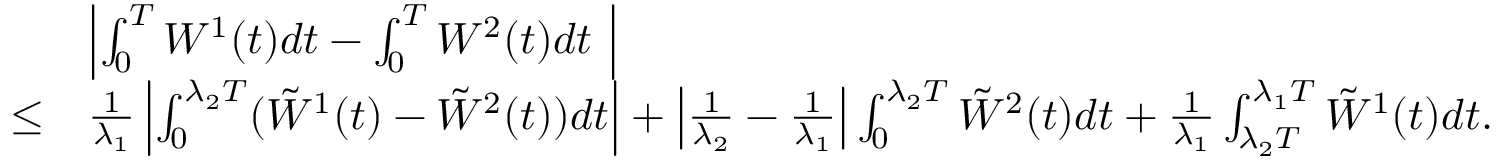
\begin{array} { r l } & { \left| \int _ { 0 } ^ { T } W ^ { 1 } ( t ) d t - \int _ { 0 } ^ { T } W ^ { 2 } ( t ) d t ~ \right| } \\ { \leq } & { \frac { 1 } { \lambda _ { 1 } } \left| \int _ { 0 } ^ { \lambda _ { 2 } T } ( \tilde { W } ^ { 1 } ( t ) - \tilde { W } ^ { 2 } ( t ) ) d t \right| + \left| \frac { 1 } { \lambda _ { 2 } } - \frac { 1 } { \lambda _ { 1 } } \right| \int _ { 0 } ^ { \lambda _ { 2 } T } \tilde { W } ^ { 2 } ( t ) d t + \frac { 1 } { \lambda _ { 1 } } \int _ { \lambda _ { 2 } T } ^ { \lambda _ { 1 } T } \tilde { W } ^ { 1 } ( t ) d t . } \end{array}